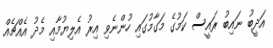
އަދީބު ނައިބު ރައީސް ކަމުގެ މަގާމުގައި ހުންނެވި އިރު އެލިޔުމާއި މެދު އެއްޗެއް